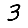
Digit: 3